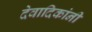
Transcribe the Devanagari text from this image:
देवादिकांनी